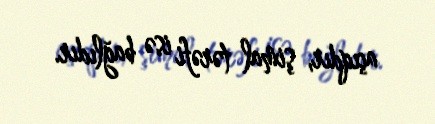
açıqdır, şimal tərəfi isə bağlıdır.